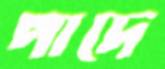
পাদে